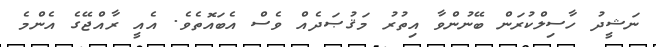
ނަޝީދު ހާސިލްކުރަން ބޭނުންވާ އިތުރު މަޤުޞަދެއް ވެސް އެބައޮތެވެ. އެއީ ރާއްޖޭގެ އެންމެ